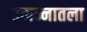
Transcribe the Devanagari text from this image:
उत्पन्नातला